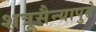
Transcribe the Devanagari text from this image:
शत्रूसैन्यापुढे